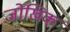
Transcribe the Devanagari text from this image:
जोखिक